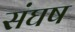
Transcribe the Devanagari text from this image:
संघष